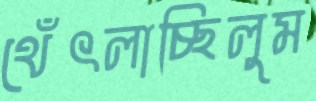
থেঁৎলাচ্ছিলুম